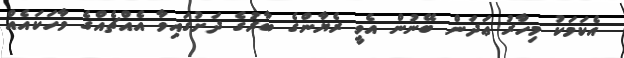
އެކަމަކު މިހާރު ޢަދަން ބޭނުން އެވީ ރެޔާންގެ ބާރުގެ ދަށުގައިވާ އެއްޗެއްގެ ވާހަކައެއް